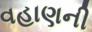
વહાણની